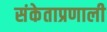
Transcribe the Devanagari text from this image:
संकेताप्रणाली